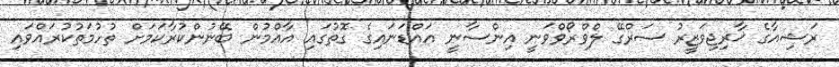
ރަޝިއާގެ ޚާރިޖިވަޒީރު ސަރްގޭ ލްވްރޯވްވަނީ އިންސާނީ އައްޑަނައިގެ ގޮތުގައި އާއްމުން ބޭނުންކުރާކަމަށް ތުހުމަތުކުރައްވައި